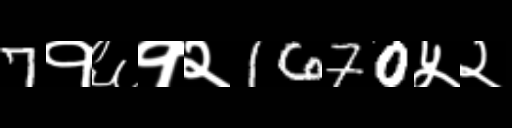
Text: 7१६१२1670५२